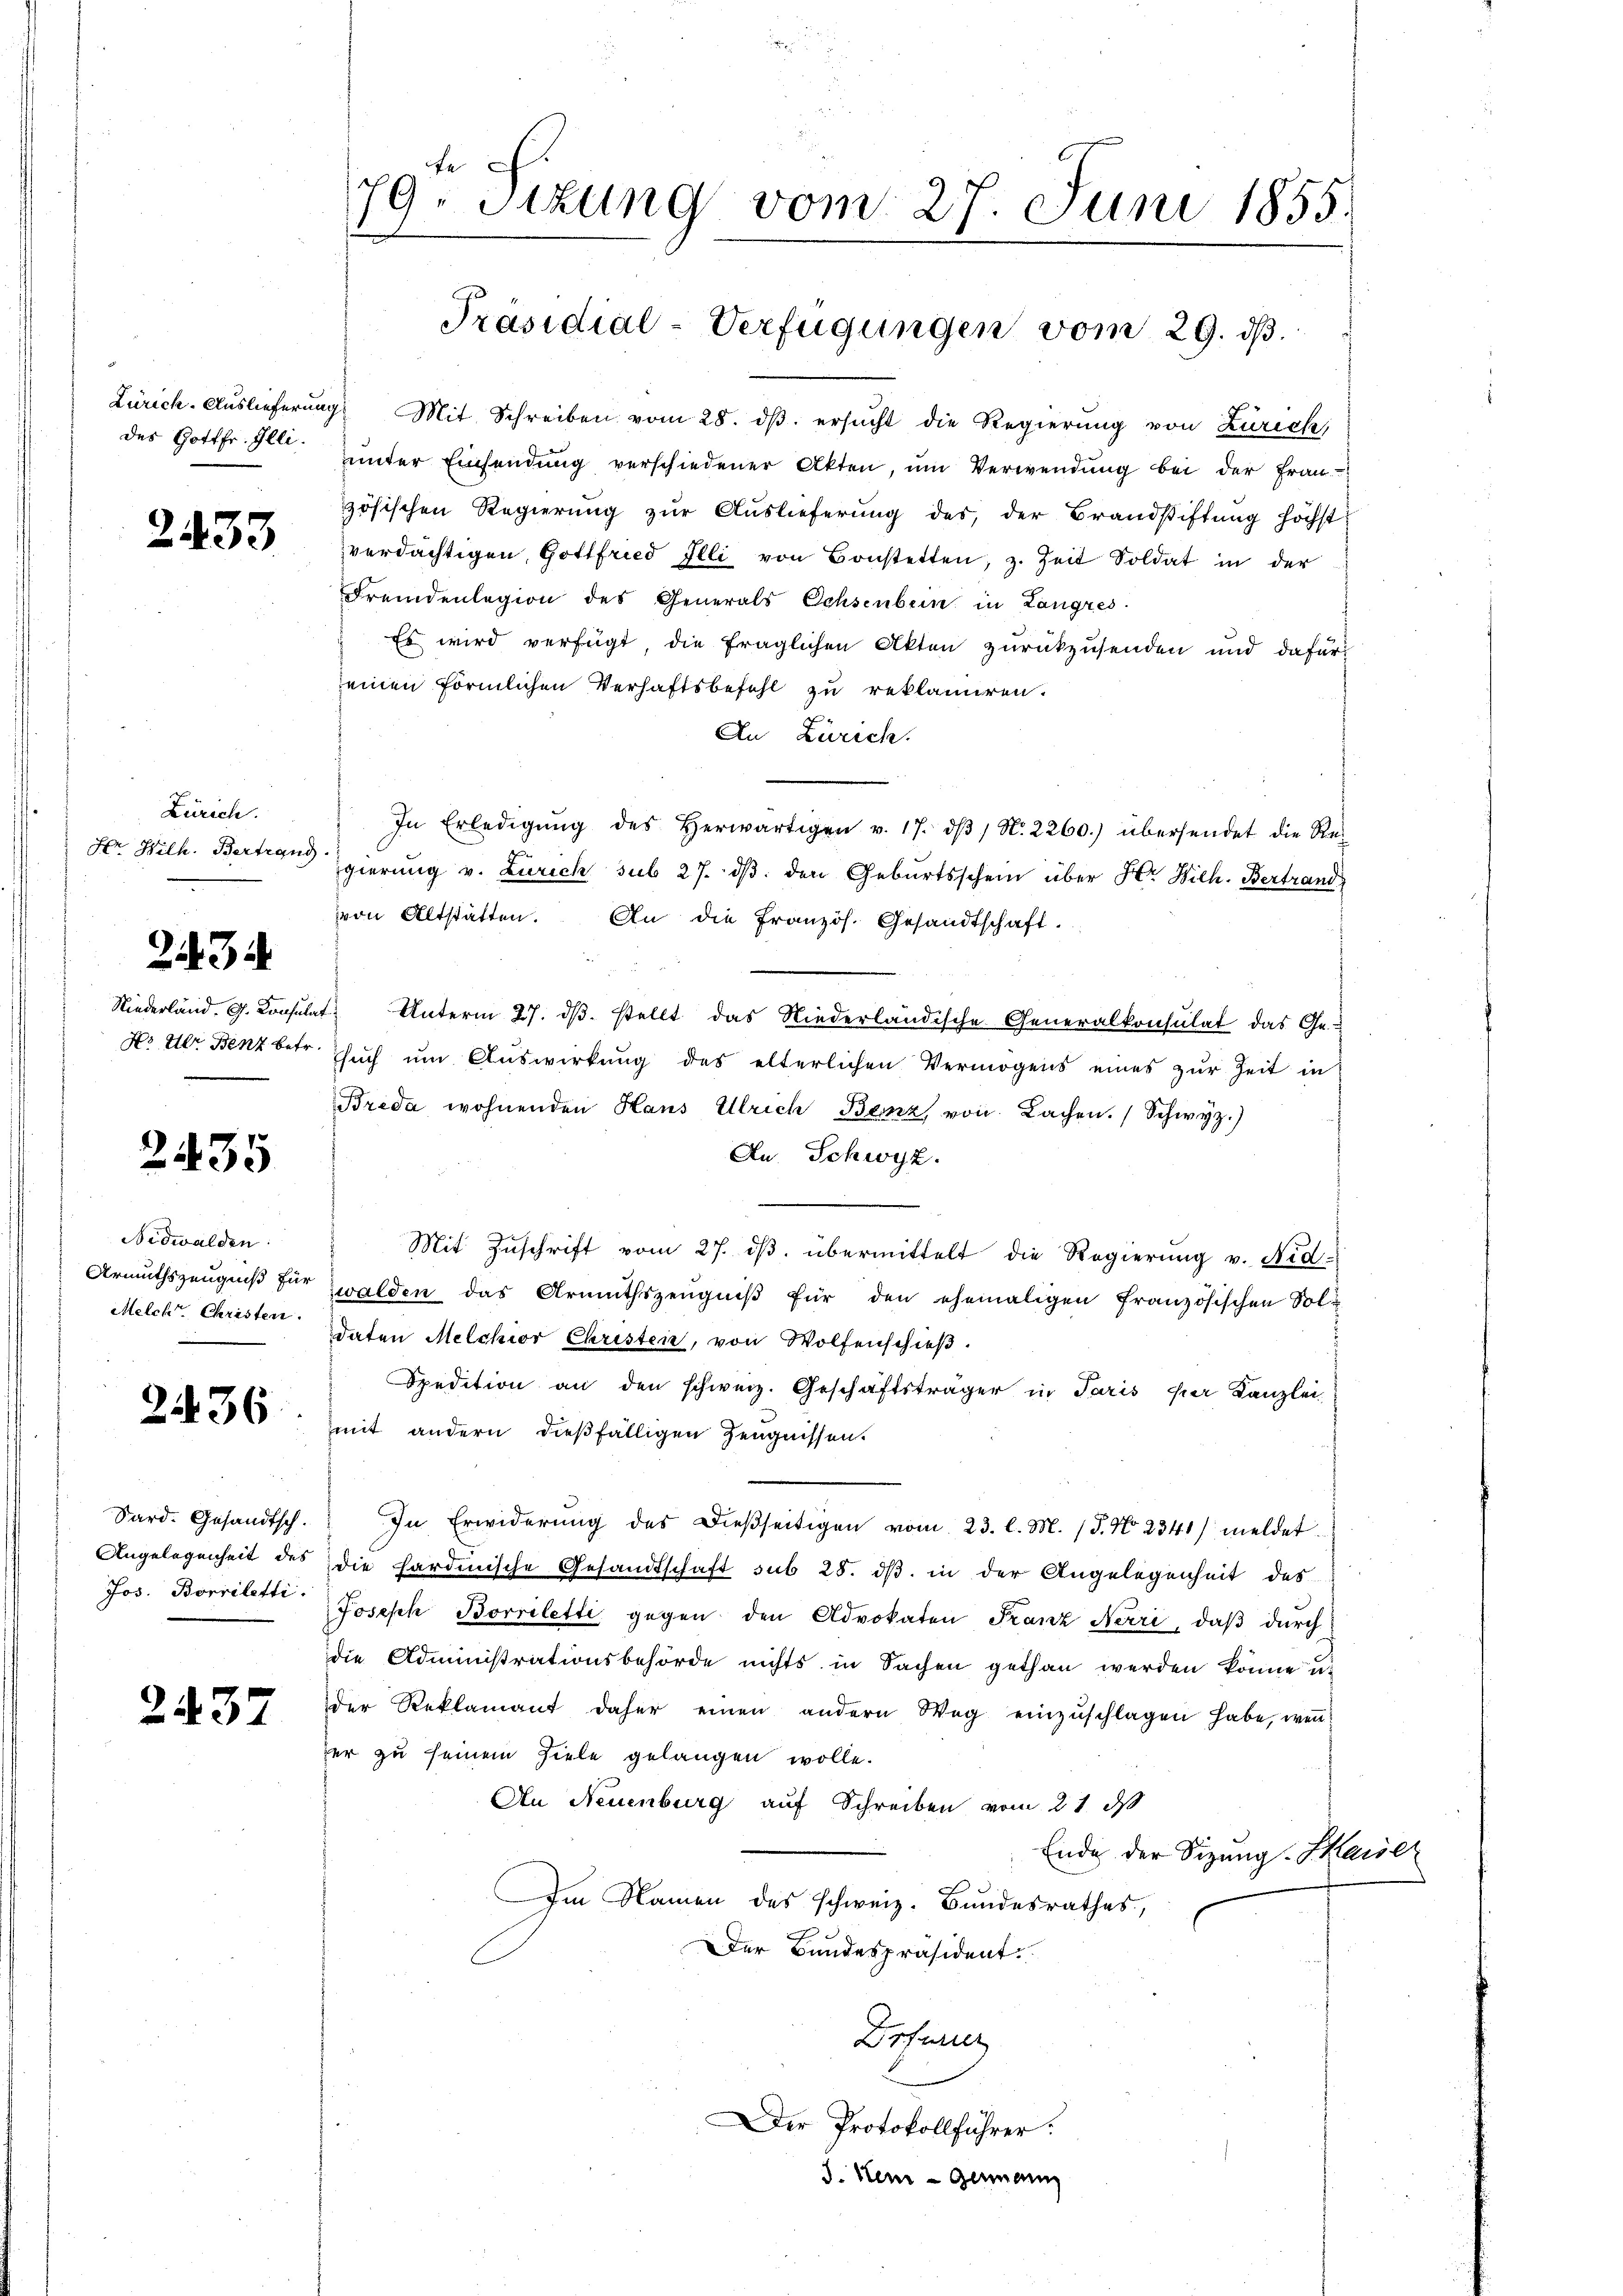
des Gottfr. Illi.

2433.

Zürich.
Hr. Hilh. Bertrand

2434

Hr der Benz betr.

2435

Nidwalden:
Armuthszeugniß für
Melch Christen.

2436

Sard. Gesandtsch.
Angelegenheit des
Jos. Borriletti.

2437

fe
9. Sitzung vom 27. Juni 1855.
Präsidial-Verfügungen vom 29. ds.

Zürich. Auslieferung Mit Schreiben vom 28. dβ. ersucht die Regierung von Zürich,
uunter Einsendung verschiedener Akten, um Verwendung bei der Frauzösischen Regierung zur Auslieferung des der Brandstiftung höchst
verdächtigen, Gottfried Illi von Bonstetten, z. Zeit Soldat in der
Fremdenlegion des Generals Ochsenbein in Langres
Es wird verfügt, die fraglichen Akten zurückzusenden und dafür
einen förmlichen Verhaftsbefehl zu reklamiren.
An Zürich.
In Erledigŭng des herwärtigen v. 17. dβ / N. 2260.) übersendet die Re-
gierung v. Zürich sub 27. dβ. den Geburtsschein über Hr. Wilh. Bertrand
von Altstätten. An die Französ. Gesandtschaft.
Niederland. G. Consulat Unterm 27. dβ. stellt das Niederländische Generalkonsulat das Ge-
sŭch ŭm Aŭswirkŭng des elterlichen Vermögens eines zŭr Zeit in
Breda wohnenden Haus Ulrich Benz von Lachen. (Schwyz.)
An Schwyz.
Mit Zŭschrift vom 27. dβ übermittelt die Regierung v. Nid-
zwalden das Armuthszeŭgniβ für den ehemaligen französischen Soldaten Melchior Christen, von Wolfenschieβ.
Spedition an den schweiz. Geschäftsträger in Paris per Kanzlei-
mit andern dießfälligen Zeugnissen.
In Erwiderŭng des dießseitigen vom 23. l. M. (T. No. 2341) meldet
die hardinische Gesandtschaft sub 28. ds. in der Angelegenheit des
Joseph Borriletti gegen den Advokaten Franz Narri, daß durch
die Administrationsbehörde nichts in Sachen gethan werden könne u.
der Reklamant daher einen andern Weg einzŭschlagen habe, wenn
er zu seinem Ziele gelangen wolle.
An Neuenburg auf Schreiben vom 21. ds
Ende der Sizung. Marser
Im Namen des schweiz. Bundesrathes,
Der Bundespräsident.
Drferier
Der Protokollführer.
3. Herr Germann